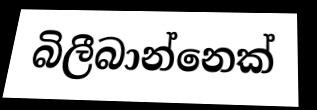
බිලීබාන්නෙක්